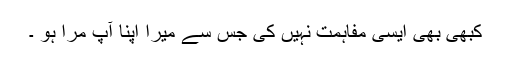
کبھی بھی ایسی مفاہمت نہیں کی جس سے میرا اپنا آپ مرا ہو ۔